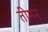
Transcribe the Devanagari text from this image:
तीम्प्न